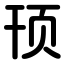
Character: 顸